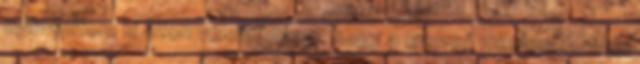
nyilvánítom ki azon véleményem, hogy a szerző minden korábbi